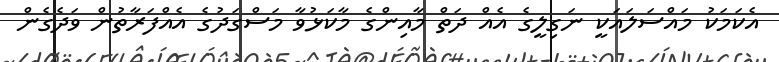
އެކަމަކު މައްސަލައަކީ ނަގިލީގެ އެއް ދަތް މާއިންގެ މާކަޅުވާ މަސްގަދުގެ އެއްފަރާތުން ވަދެގެން